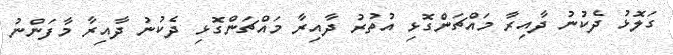
ގަލޮޅު ދެކުނު ދާއިރާ މައްޗަންގޮޅި އުތުރު ދާއިރާ މައްޗަންގޮޅި ދެކުނު ދާއިރާ މާފަންނު